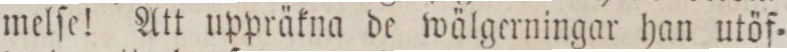
melſe! Att uppräkna de wälgerningar han utöf=